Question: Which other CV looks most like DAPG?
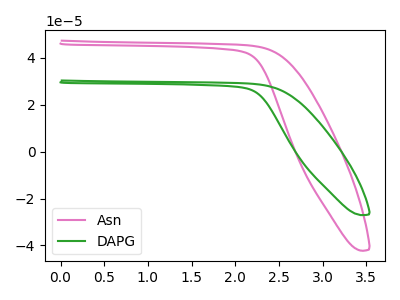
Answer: <think>The pink curve "Asn" has no peaks. The green curve "DAPG" has no peaks.
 Neither "Asn" or "DAPG" have any peaks.</think>
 <answer>The CV with the most similar shape to "Asn" is "DAPG".</answer>
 <eval>"DAPG"</eval>